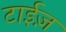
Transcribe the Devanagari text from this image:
टाईज़